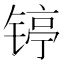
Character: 𲈏